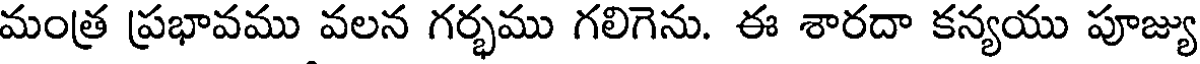
మంత్ర ప్రభావము వలన గర్భము గలిగెను. ఈ శారదా కన్యయు పూజ్యు